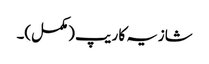
شازیہ کا ریپ (مکمل)۔